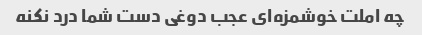
چه املت خوشمزه‌ای عجب دوغی دست شما درد نکنه